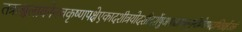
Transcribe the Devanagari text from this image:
तत्राश्वलायनेनचकृष्णपक्षेएकादशीत्रयोदशीदर्शेषुअषाढाफल्गुनीप्रोष्ठपदाभिन्नर्क्षेउक्तं